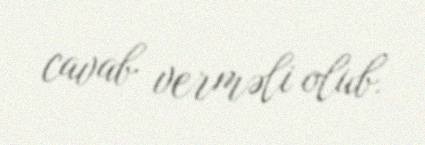
cavab verməli olub.